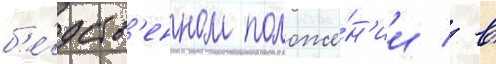
б'е́дств'енном положе́н'ии / в